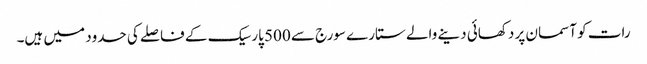
رات کو آسمان پر دکھائی دینے والے ستارے سورج سے 500 پارسیک کے فاصلے کی حدود میں ہیں۔